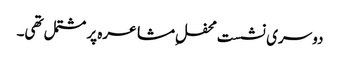
دوسری نشست محفلِ مشاعرہ پر مشتمل تھی۔